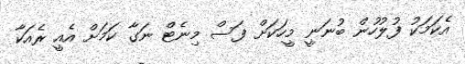
އެކަމަކު ފުލުހުން ބުނަނީ މީހަކަށް ފަސް މިނެޓް ނަގާ ކަމަށް އެއީ ރެއަކާ